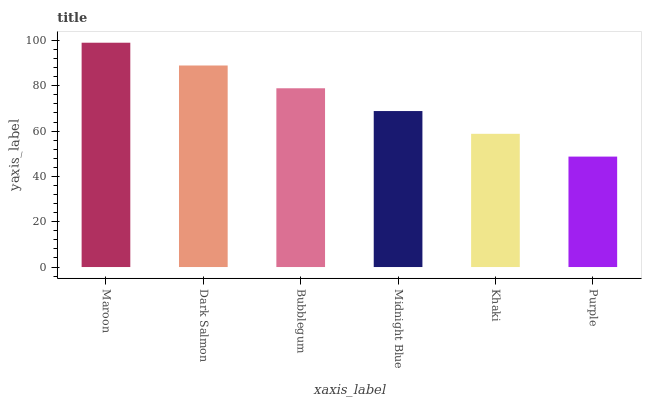
| xaxis_label | bars |
 | --- | --- |
 | Maroon | 99 |
 | Dark Salmon | 88.9 |
 | Bubblegum | 78.9 |
 | Midnight Blue | 68.8 |
 | Khaki | 58.8 |
 | Purple | 48.7 |